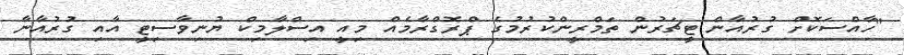
"ހާއްސަކޮށް ގުރުއާން ޓީޗަރުން ތަމްރީންކުރުމުގެ ޕްރޮގްރާމެއް މިއީ އިސްލާމިކް ޔުނިވާސިޓީ އާއި ގުރުއާނާ